Lock hospitals Punjab
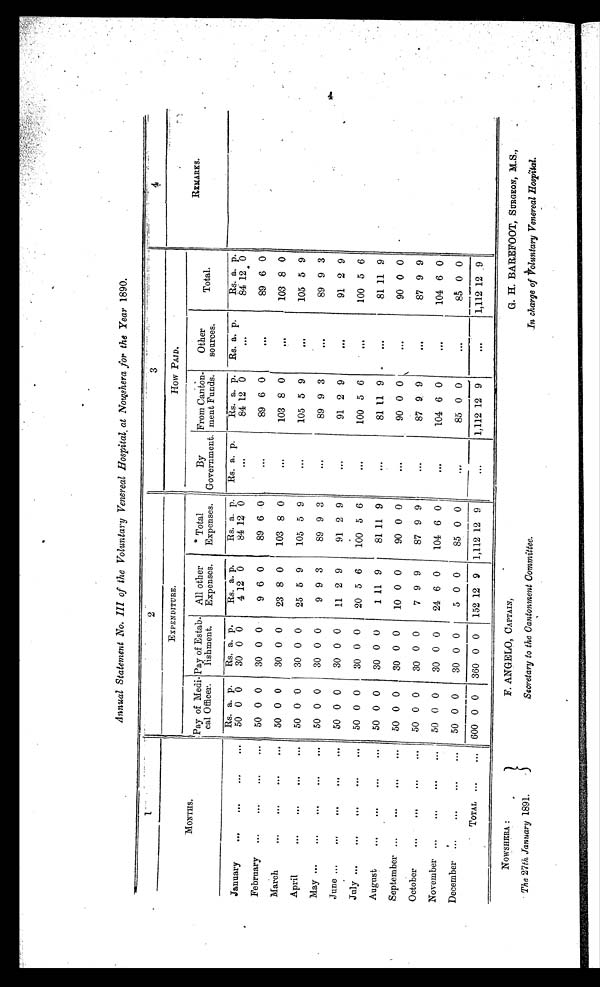
Annual Statement No. III of the Voluntary Venereal Hospital at Nowshera for the Year 1890.
1
2
3
4
MONTHS.
EXPENDITURE.
How PAID.
REMARKS.
Pay of Medi-
cal Officer.
Pay of Estab-
lishment.
All other
Expenses.
Total
Expenses.
By
Government.
From Canton-
ment Funds.
Other
sources.
Total.
January
...
...
...
...
Rs. a. p.
Rs. a. p.
Rs. a. p.
Rs. a. p.
Rs. a. p.
Rs. a. p.
Rs a. p.
Rs. a. p.
84 12 0
50 0 0
30 0 0
4 12 0
84 12 0
...
84 12 0
..
February
...
...
...
...
50 0 0
30 0 0
9 6 0
89 6 0
. . .
89 6 0
. . . 89 6 0
March
...
...
...
...
50 0 0
30 0 0
23 8 0
103 8 0
. . .
103 8 0
. . . 103 8 0
April
...
...
...
50 0 '0
30 0 0
25 5 9
105 5 9
. . .
105 5 9
...
105 5 9
May ...
...
...
...
...
50 0 0
30 0 0
9 9 3
89 9 3
. . .
89 9 3
...
89 9 3
June ...
...
...
...
...
50 0 0
30 0 0
11 2 9
91 2 9
. . .
91 2 9
. . .
91 2 9
July ...
...
...
. . . ...
50 0 0
30 0 0
20 5 6
100 5 6
...
100 5 6
...
100 5 6
August
...
...
...
...
50 0 0
30 0 0
1 11 9
81 11 9
. . .
81 11 9
...
81 11 9
September ...
...
...
...
50 0 0
30 0 0
10 0 0
90 0 0
. . .
90 0 0
. . .
90 0 0
October
...
...
...
...
50 0 0
30 0 0
7 9 9
87 9 9
...
87 9 9
...
87 9 9
November ...
...
...
...
50 0 0
30 0 0
24 6 0
104 6 0
. . .
104 6 0
. . . 104 6 0
December
...
...
...
...
50 0 0
30 0 0
5 0 0
85 0 0
. . .
85 0 0
. . .
8 5 0 0
TOTAL
...
...
600 0 0
360 0 0
152 12 9
1,112 12 9
...
1,112 12 9
...
1,112 12 9
4
NOWSHRRA :
The 27th January 1891.
F. ANGELO, CAPTAIN,
Secretary to the Cantonment Committee.
G. H. BAREFOOT, SURGEON, M.S.,
In charge of voluntary Venereal Hospital..